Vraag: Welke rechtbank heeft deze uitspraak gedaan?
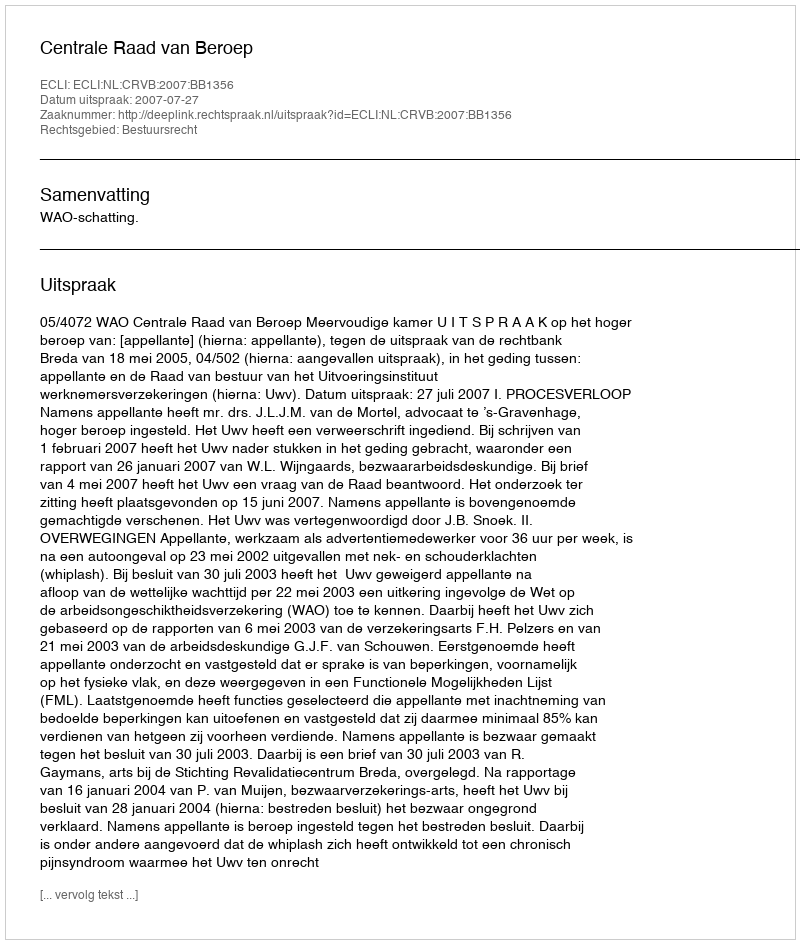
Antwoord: Centrale Raad van Beroep